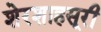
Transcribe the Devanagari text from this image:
शेरशाहसूरी